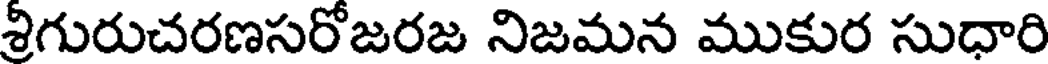
శ్రీగురుచరణసరోజరజ నిజమన ముకుర సుధారి